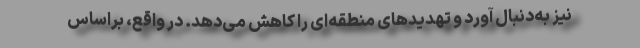
نیز به‌دنبال آورد و تهدید‌های منطقه‌ای را کاهش می‌دهد. در واقع، براساس